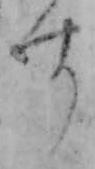
す